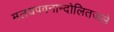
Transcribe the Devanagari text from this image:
मलयपवनान्दोलितजले